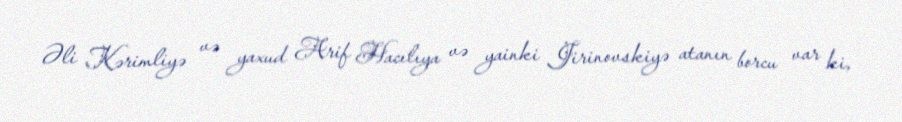
Əli Kərimliyə və yaxud Arif Hacılıya və yainki Jirinovskiyə atanın borcu var ki,